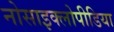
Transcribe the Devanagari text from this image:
नोसाइक्लोपीडिया